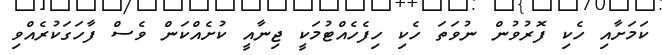
ކަމަށާއި ހެކި ފޮރުވުން ނުވަތަ ހެކި ހިފެހެއްޓުމަކީ ޖިނާއީ ކުށެއްކަން ވެސް ފާހަގަކުރެއްވި